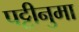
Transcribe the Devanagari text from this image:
पट्टीनुमा